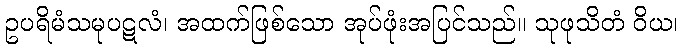
ဥပရိမံသမုပဋလံ၊ အထက်ဖြစ်သော အုပ်ဖုံးအပြင်သည်။ သုဖုသိတံ ဝိယ၊